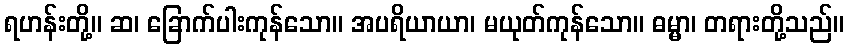
ရဟန်းတို့။ ဆ၊ ခြောက်ပါးကုန်သော။ အပရိယာယာ၊ မယုတ်ကုန်သော။ ဓမ္မာ၊ တရားတို့သည်။